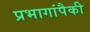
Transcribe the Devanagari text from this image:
प्रभागांपैकी